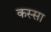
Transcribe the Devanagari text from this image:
कस्सा